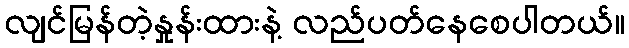
လျင်မြန်တဲ့နှုန်းထားနဲ့ လည်ပတ်နေစေပါတယ်။